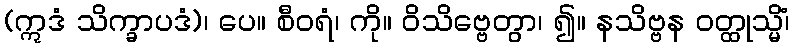
(ဣဒံ သိက္ခာပဒံ)၊ ပေ။ စီဝရံ၊ ကို။ ဝိသိဗ္ဗေတွာ၊ ၍။ နသိဗ္ဗန ဝတ္ထုသ္မိံ၊